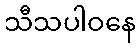
သီသပါဝနေ